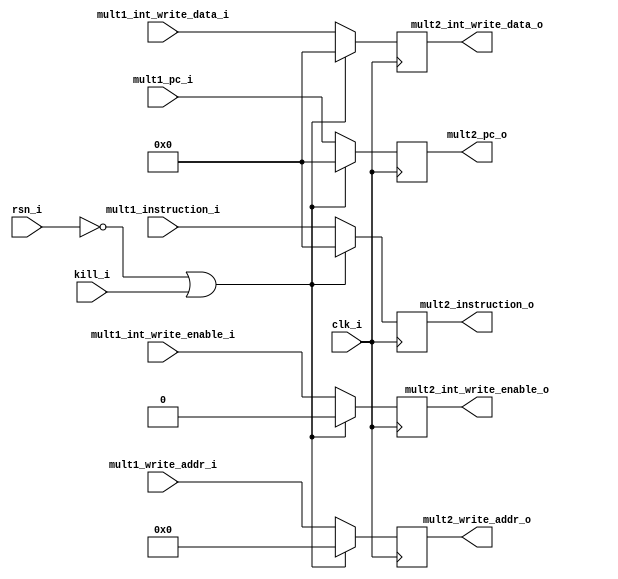
// Latch between mult1 and mult2

module mult1_mult2_latch(
input		clk_i,
input		rsn_i,
input		kill_i,
input	[31:0]	mult1_int_write_data_i,
input	[4:0]	mult1_write_addr_i,
input		mult1_int_write_enable_i,
input	[31:0]	mult1_instruction_i,
input	[31:0]	mult1_pc_i,
output	[31:0]	mult2_int_write_data_o,
output	[4:0]	mult2_write_addr_o,
output		mult2_int_write_enable_o,
output	[31:0]	mult2_instruction_o,
output 	[31:0]	mult2_pc_o);

reg	[31:0]	mult2_int_write_data;
reg	[4:0]	mult2_write_addr;
reg		mult2_int_write_enable;
reg	[31:0]	mult2_instruction;
reg 	[31:0]	mult2_pc;
	
assign mult2_int_write_data_o = mult2_int_write_data;
assign mult2_write_addr_o = mult2_write_addr;
assign mult2_int_write_enable_o = mult2_int_write_enable;
assign mult2_instruction_o = mult2_instruction;
assign mult2_pc_o = mult2_pc;
	
// Latch 
always @(posedge clk_i)
begin
	if (!rsn_i || kill_i) begin
		mult2_int_write_data = 32'b0;
		mult2_write_addr = 5'b0;
		mult2_int_write_enable = 1'b0;
		mult2_instruction = 32'b0;
		mult2_pc = 32'b0;
	end
	else begin
		mult2_int_write_data = mult1_int_write_data_i;
		mult2_write_addr = mult1_write_addr_i;
		mult2_int_write_enable = mult1_int_write_enable_i;
		mult2_instruction = mult1_instruction_i;
		mult2_pc = mult1_pc_i;
	end
end
endmodule